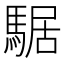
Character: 𩤅